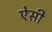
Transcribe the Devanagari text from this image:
एेसी